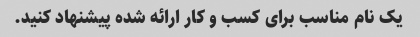
یک نام مناسب برای کسب و کار ارائه شده پیشنهاد کنید.